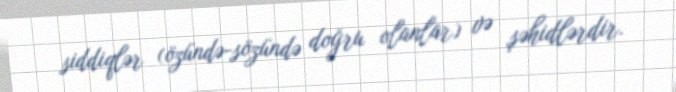
siddiqlər (özündə-sözündə doğru olanlar) və şəhidlərdir.